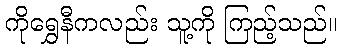
ကိုရွှေနီကလည်း သူ့ကို ကြည့်သည်။